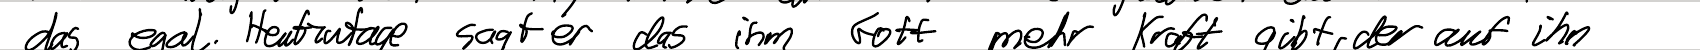
das egal. Heutzutage sagt er das ihm Gott mehr Kraft gibt, der auf ihn